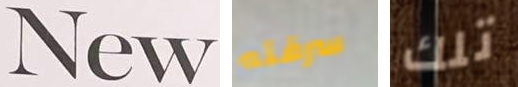
New سرقته تلك